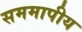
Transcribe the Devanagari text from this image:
सममापीय